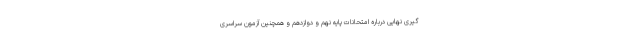
گیری نهایی درباره امتحانات پایه نهم و دوازدهم و همچنین آزمون سراسری